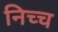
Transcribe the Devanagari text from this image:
निच्च